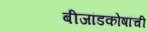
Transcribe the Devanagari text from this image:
बीजांडकोषांची